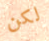
لكن